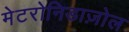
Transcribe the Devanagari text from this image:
मेटरोनिडाज़ोल